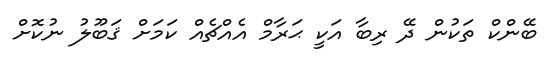
ބޭންކް ތަކުން ދޭ ރިބާ އަކީ ޙަރާމް އެއްޗެއް ކަމަށް ޤަބޫލު ނުކޮށް